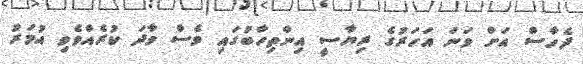
ދެހާސް އަށް ވަނަ އަހަރުގެ ރިޔާސީ އިންތިހާބުގައި ވެސް ވާދަ ކުރެއްވެވި އުމަރު